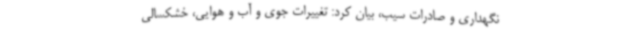
نگهداری و صادرات سیب، بیان کرد: تغییرات جوی و آب و هوایی، خشکسالی